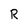
Character: R